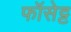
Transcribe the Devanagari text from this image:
फॉसेट्ट